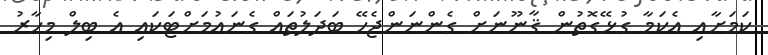
ކަމަށާއި އެކަމާ ގުޅޭގޮތުން ޤާނޫނަށް ގެންނަންޖެހޭ ބަދަލުތައް ގެނައުމަށްޓަކައި އެ ބިލް މިހާރު